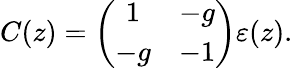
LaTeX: C(z)=\left(\begin{array}{cc}{{1}}&{{-g}}\\ {{-g}}&{{-1}}\end{array}\right)\varepsilon(z).